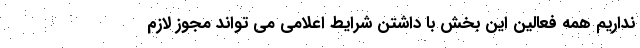
نداریم همه فعالین این بخش با داشتن شرایط اعلامی می تواند مجوز لازم